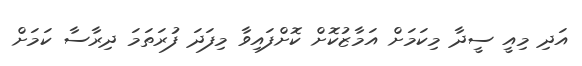
އަދި މިއީ ސީދާ މިކަމަށް އަމާޒުކޮށް ކޮށްފައިވާ މިފަދަ ފުރަތަމަ ދިރާސާ ކަމަށް